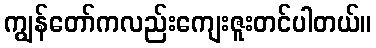
ကျွန်တော်ကလည်းကျေးဇူးတင်ပါတယ်။